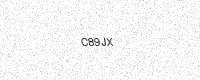
Text: C89JX